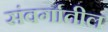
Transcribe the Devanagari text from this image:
संवर्गातील